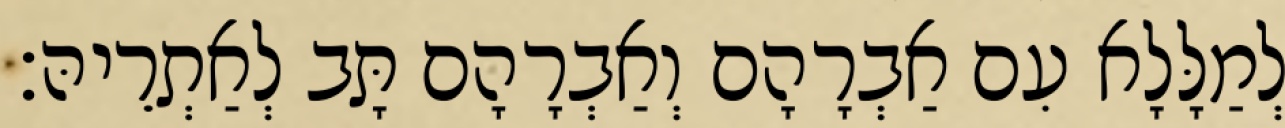
לְמַלָּלָא עִם אַבְרָהָם וְאַבְרָהָם תָּב לְאַתְרֵיהּ׃